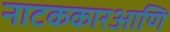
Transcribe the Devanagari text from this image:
नाटककारआणि